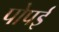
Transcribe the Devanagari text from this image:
पोपई